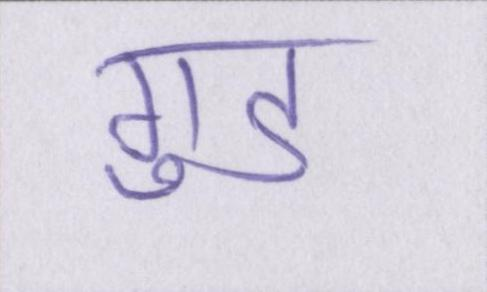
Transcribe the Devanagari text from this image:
गुड